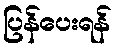
ပြန်ပေးရန်